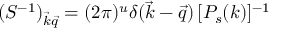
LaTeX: ( S ^ { - 1 } ) _ { { \vec { k } } { \vec { q } } } = ( 2 \pi ) ^ { u } \delta ( { \vec { k } } - { \vec { q } } ) \, [ P _ { s } ( k ) ] ^ { - 1 }